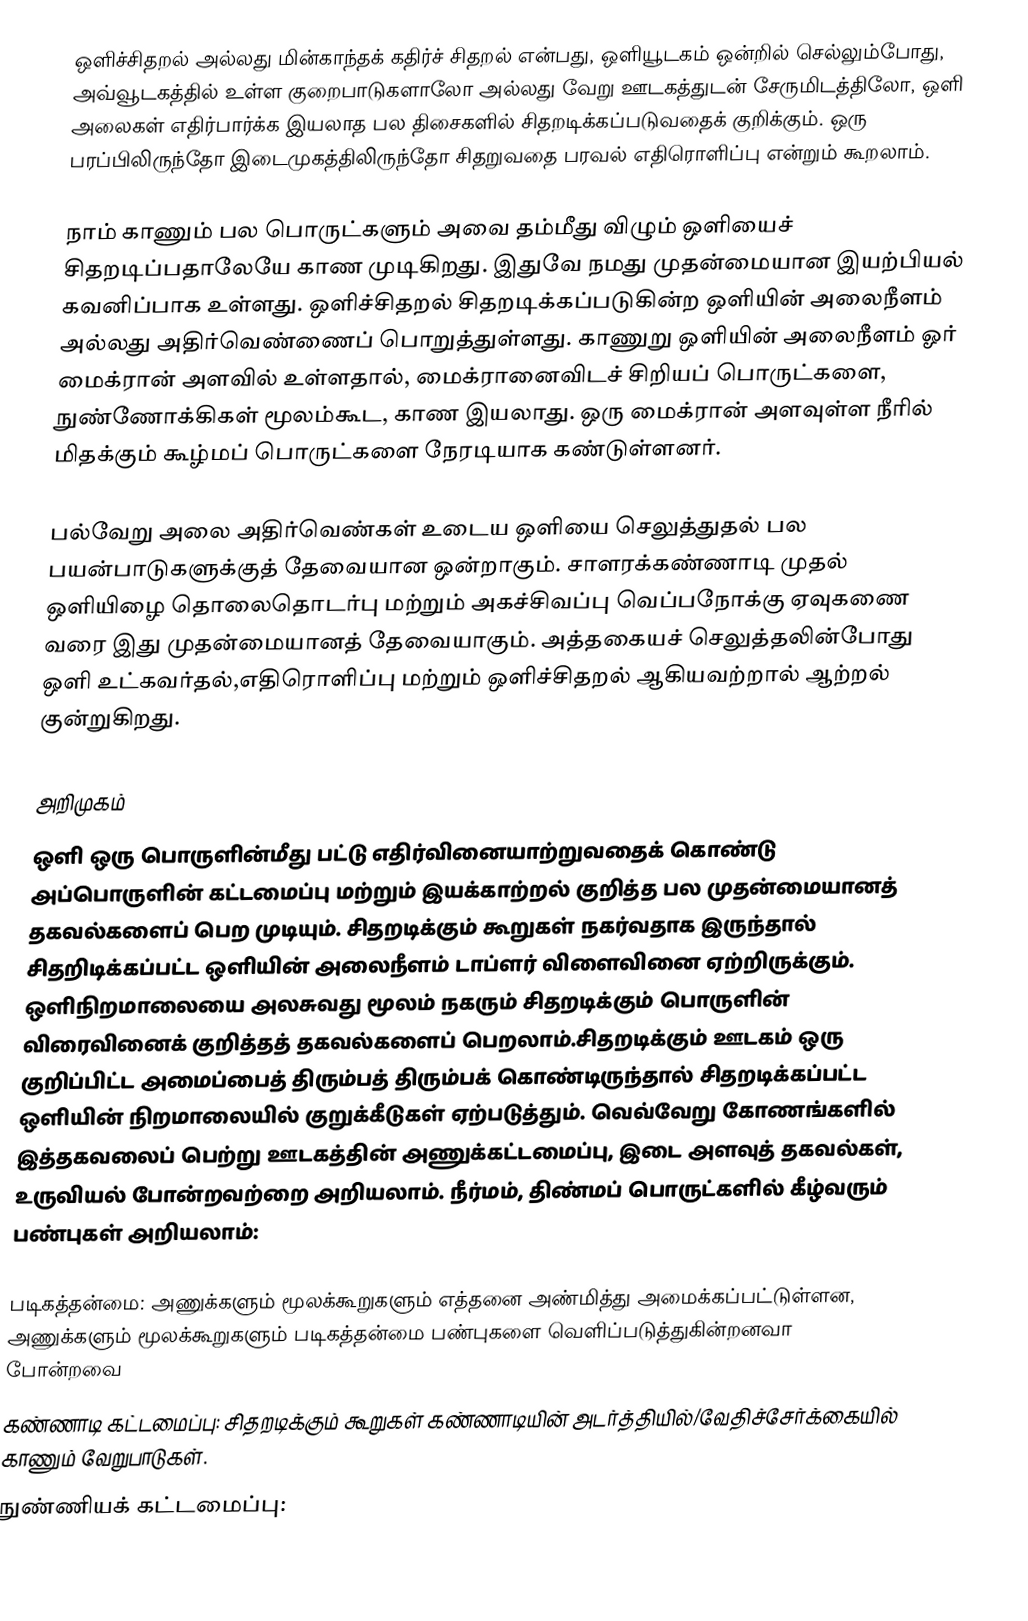
ஒளிச்சிதறல் அல்லது மின்காந்தக் கதிர்ச் சிதறல் என்பது, ஒளியூடகம் ஒன்றில் செல்லும்போது, அவ்வூடகத்தில் உள்ள குறைபாடுகளாலோ அல்லது வேறு ஊடகத்துடன் சேருமிடத்திலோ, ஒளி அலைகள்  எதிர்பார்க்க இயலாத பல திசைகளில் சிதறடிக்கப்படுவதைக் குறிக்கும். ஒரு பரப்பிலிருந்தோ இடைமுகத்திலிருந்தோ சிதறுவதை பரவல் எதிரொளிப்பு என்றும் கூறலாம்.

நாம் காணும் பல பொருட்களும் அவை தம்மீது விழும் ஒளியைச் சிதறடிப்பதாலேயே காண முடிகிறது. இதுவே நமது முதன்மையான இயற்பியல் கவனிப்பாக உள்ளது. ஒளிச்சிதறல் சிதறடிக்கப்படுகின்ற ஒளியின் அலைநீளம் அல்லது அதிர்வெண்ணைப் பொறுத்துள்ளது. காணுறு ஒளியின் அலைநீளம் ஓர் மைக்ரான் அளவில் உள்ளதால், மைக்ரானைவிடச் சிறியப் பொருட்களை, நுண்ணோக்கிகள் மூலம்கூட, காண இயலாது. ஒரு மைக்ரான் அளவுள்ள நீரில் மிதக்கும் கூழ்மப் பொருட்களை நேரடியாக கண்டுள்ளனர்.

பல்வேறு அலை அதிர்வெண்கள் உடைய ஒளியை செலுத்துதல் பல பயன்பாடுகளுக்குத் தேவையான ஒன்றாகும். சாளரக்கண்ணாடி முதல் ஒளியிழை தொலைதொடர்பு மற்றும் அகச்சிவப்பு வெப்பநோக்கு ஏவுகணை வரை இது முதன்மையானத் தேவையாகும். அத்தகையச் செலுத்தலின்போது ஒளி உட்கவர்தல்,எதிரொளிப்பு மற்றும் ஒளிச்சிதறல் ஆகியவற்றால் ஆற்றல் குன்றுகிறது.

அறிமுகம்
ஒளி ஒரு பொருளின்மீது பட்டு எதிர்வினையாற்றுவதைக் கொண்டு அப்பொருளின் கட்டமைப்பு மற்றும் இயக்காற்றல் குறித்த பல முதன்மையானத் தகவல்களைப் பெற முடியும். சிதறடிக்கும் கூறுகள் நகர்வதாக இருந்தால் சிதறிடிக்கப்பட்ட ஒளியின் அலைநீளம் டாப்ளர் விளைவினை ஏற்றிருக்கும். ஒளிநிறமாலையை அலசுவது மூலம் நகரும் சிதறடிக்கும் பொருளின் விரைவினைக் குறித்தத் தகவல்களைப் பெறலாம்.சிதறடிக்கும் ஊடகம் ஒரு குறிப்பிட்ட அமைப்பைத் திரும்பத் திரும்பக் கொண்டிருந்தால் சிதறடிக்கப்பட்ட ஒளியின் நிறமாலையில் குறுக்கீடுகள் ஏற்படுத்தும். வெவ்வேறு கோணங்களில் இத்தகவலைப் பெற்று ஊடகத்தின் அணுக்கட்டமைப்பு, இடை அளவுத் தகவல்கள், உருவியல் போன்றவற்றை அறியலாம். நீர்மம், திண்மப் பொருட்களில் கீழ்வரும் பண்புகள் அறியலாம்:

படிகத்தன்மை: அணுக்களும் மூலக்கூறுகளும் எத்தனை அண்மித்து அமைக்கப்பட்டுள்ளன, அணுக்களும் மூலக்கூறுகளும் படிகத்தன்மை பண்புகளை வெளிப்படுத்துகின்றனவா போன்றவை
கண்ணாடி கட்டமைப்பு: சிதறடிக்கும் கூறுகள் கண்ணாடியின் அடர்த்தியில்/வேதிச்சேர்க்கையில் காணும் வேறுபாடுகள்.
நுண்ணியக் கட்டமைப்பு: